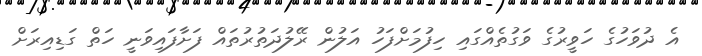
އެ ދުވަހުގެ ހަވީރުގެ ވަގުތެއްގައި ހިފުމަށްފަހު އަލުން ރޭލުދަތުރުތައް ފަށާފައިވަނީ ހަތް ގަޑިއިރަށް